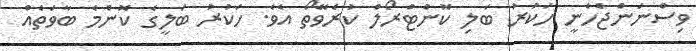
ވިސްނަންޖެހެނީ ހަކުރު ބަލި ކޮންޓްރޯލް ކުރެވޭތޯ އެވެ. ހަކުރު ބަލީގެ ކޮންމެ ބާވަތެއް